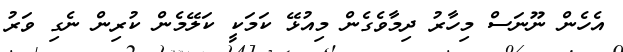
އެެހެން ނޫނަސް މިހާރު ދިމާވެގެން މިއުޅޭ ކަމަކީ ކަލޭމެން ކުރިން ނެގި ވަރު